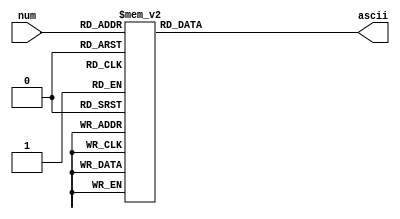
module num2ascii(num,ascii);
	input [3:0] num;
	output reg [7:0] ascii;
	
	always @(num)
		case (num)
				0: ascii = 8'h30;
				1: ascii = 8'h31;
				2: ascii = 8'h32;
				3: ascii = 8'h33;
				4: ascii = 8'h34;
				5: ascii = 8'h35;
				6: ascii = 8'h36;
				7: ascii = 8'h37;
				8: ascii = 8'h38;
				9: ascii = 8'h39;
				default: ascii = 8'h00;
		endcase
endmodule